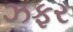
ઝફર